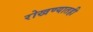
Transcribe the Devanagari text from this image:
रोखण्यातही